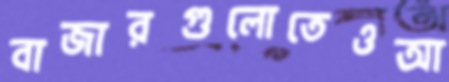
বাজারগুলোতেওআ